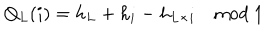
LaTeX: Q _ { L } ( i ) = h _ { L } + h _ { i } - h _ { L \times i } \quad \mathrm { m o d } \ 1